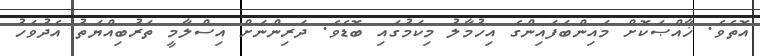
އޮތެވެ. ޚާއްޞަކޮށް މައިންބަފައިންގެ އިހުމާލު މިކަމުގައި ބޮޑެވެ. ދަރިންނަށް އިސްލާމީ ތަރުބިއްޔަތު އެދުވަހު